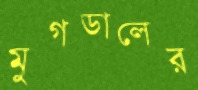
মুগডালের